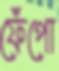
ফেঁপো